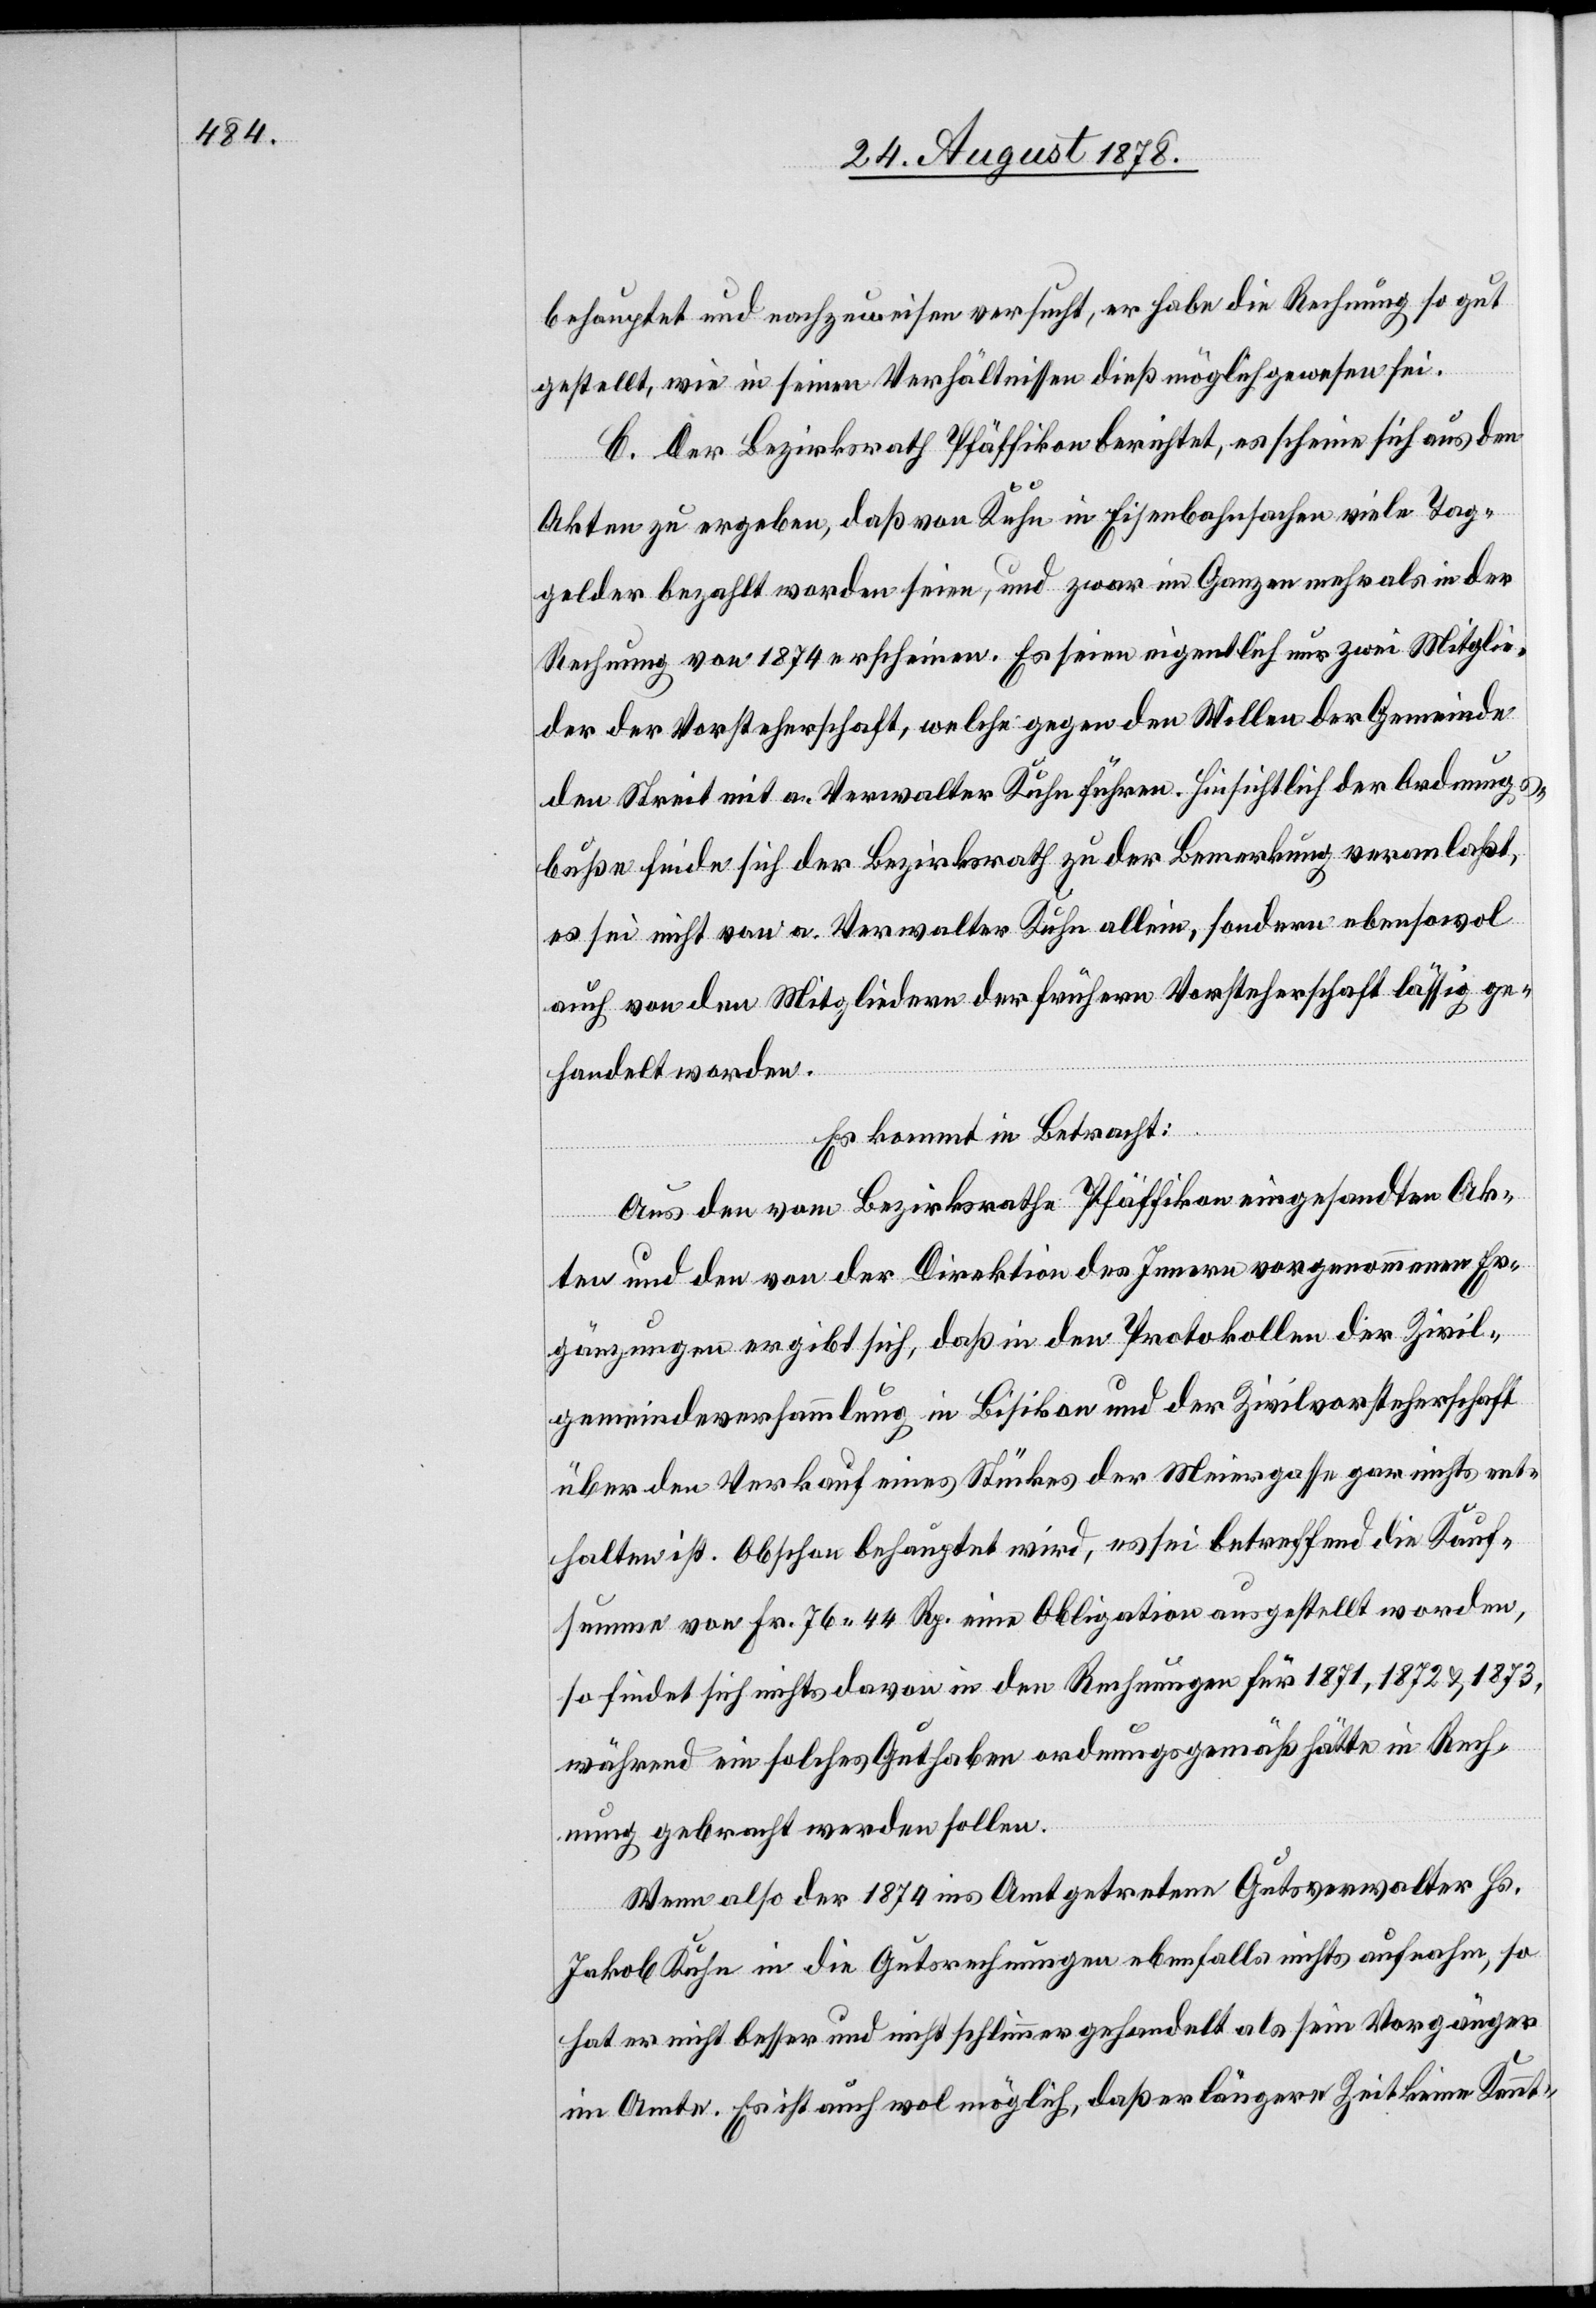
behauptet und nachzuweisen versucht, er habe die Rechnung so gut
gestellt, wie in seinen Verhältnissen dieß möglich gewesen sei.
C. Der Bezirksrath Pfäffikon berichtet, es scheine sich aus den
Akten zu ergeben, daß von Kuhn in Eisenbahnsachen viele Tag¬
gelder bezahlt worden seien, und zwar im Ganzen mehr als in der
Rechnung von 1874 erscheinen. Es seien eigentlich nur zwei Mitglie¬
der der Vorsteherschaft, welche gegen den Willen der Gemeinde
den Streit mit a. Verwalter Kuhn führen. Hinsichtlich der Ordnungs¬
buße finde sich der Bezirksrath zu der Bemerkung veranlaßt,
es sei nicht von a. Verwalter Kuhn allein, sondern ebensowol
auch von den Mitgliedern der frühern Vorsteherschaft lässig ge¬
handelt worden.
Es kommt in Betracht:
Aus den vom Bezirksrathe Pfäffikon eingesandten Ak¬
ten und den von der Direktion des Innern vorgenommenen Er¬
gänzungen ergibt sich, daß in den Protokollen der Zivil¬
gemeindeversammlung in Bisikon und der Zivilvorsteherschaft
über den Verkauf eines Stückes der Meiergasse gar nichts ent¬
halten ist. Obschon behauptet wird, es sei betreffend die Kauf¬
summe von Fr. 76 44 Rp. eine Obligation ausgestellt worden,
so findet sich nichts davon in den Rechnungen für 1871, 1872 & 1873,
während ein solches Guthaben ordnungsgemäß hätte in Rech¬
nung gebracht werden sollen.
Wenn also der 1874 ins Amt getretene Gutsverwalter Hs.
Jakob Kuhn in die Gutsrechnungen ebenfalls nichts aufnahm, so
hat er nicht besser und nicht schlimmer gehandelt als sein Vorgänger
im Amte. Es ist auch wol möglich, daß er längere Zeit keine Kennt-